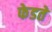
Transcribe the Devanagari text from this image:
फेडते